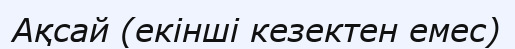
Ақсай (екінші кезектен емес)